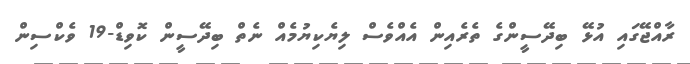
ރާއްޖޭގައި އުޅޭ ބިދޭސީންގެ ތެރެއިން އެއްވެސް ލިޔެކިޔުމެއް ނެތް ބިދޭސީން ކޮވިޑް-19 ވެކްސިން